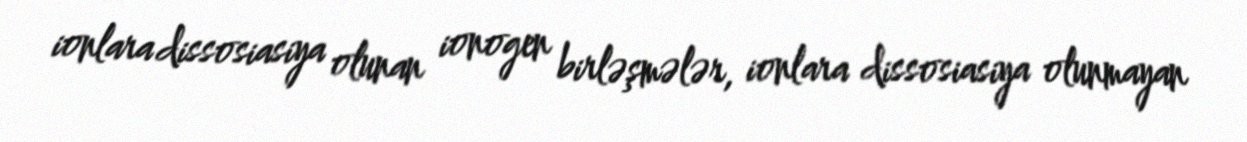
ionlara dissosiasiya olunan ionogen birləşmələr, ionlara dissosiasiya olunmayan